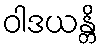
ဝါဒယန္တိ